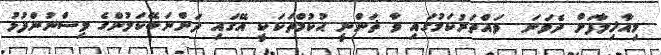
މިއާޚިލާފަށް ދެވަނަ  ވައްތަރުކަމުގައި ވާ ޡަންނީ ޙުކުމްތަކަކީ އޭގައި ދަންނަބޭކަލުންގެ ވިސްނުންފުޅު